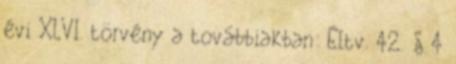
évi XLVI. törvény a továbbiakban: Éltv. 42. § 4